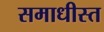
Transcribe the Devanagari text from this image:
समाधीस्त